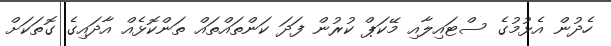
ހެދުން އެޅުމުގެ ސްޓައިލާއި މޭކަޕް ކުރުން ފަދަ ކަންތައްތައް ތަންކޮޅެއް އާދައިގެ ގޮތަކަށް